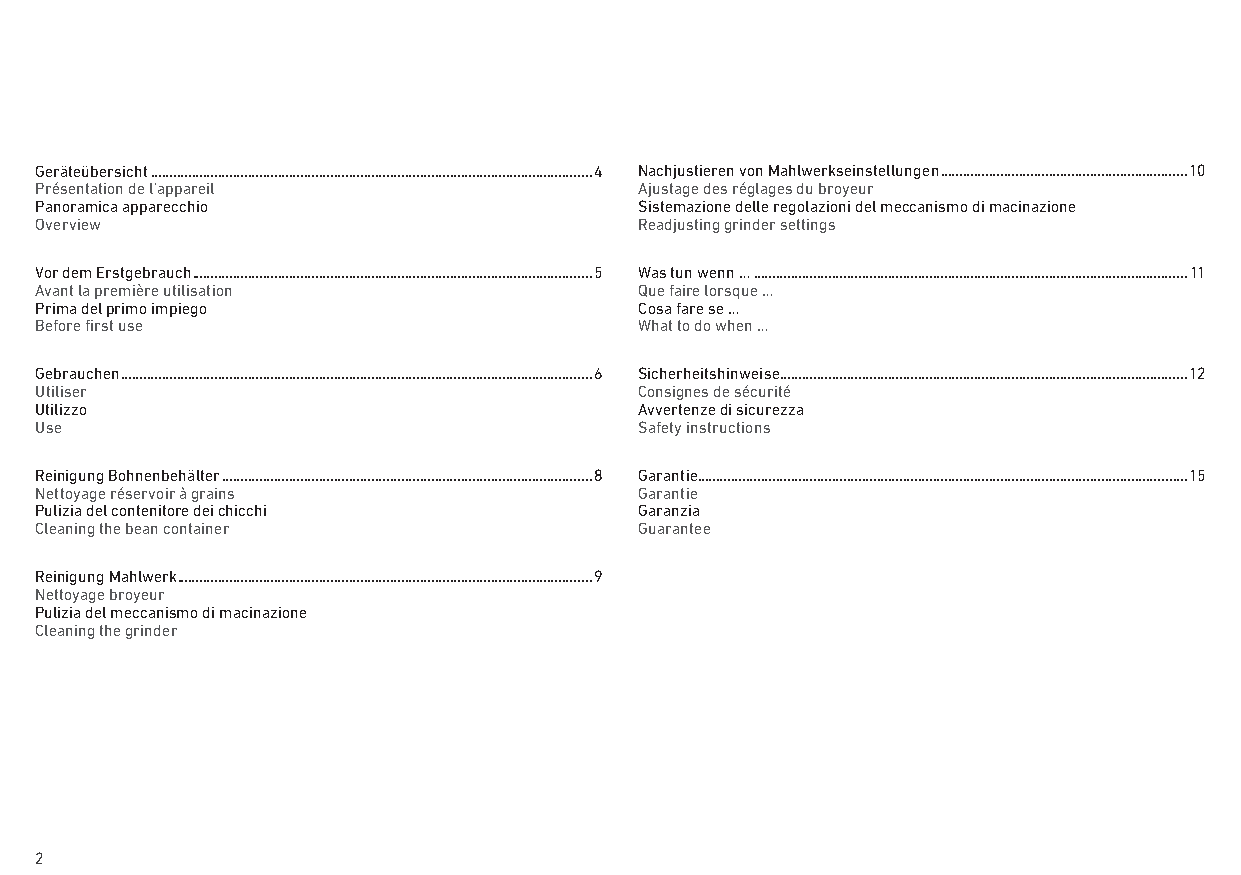
Geräteübersicht ����������������������������������������������������������������������������������������������������������������������4 Nachjustieren von Mahlwerkseinstellungen ������������������������������������������������������������������10
 Présentation de l’appareil              Ajustage des réglages du broyeur
 Panoramica apparecchio                  Sistemazione delle regolazioni del meccanismo di macinazione
 Overview                                Readjusting grinder settings
 Vor dem Erstgebrauch �����������������������������������������������������������������������������������������������������������5 Was tun wenn … ��������������������������������������������������������������������������������������������������������������������11
 Avant la première utilisation           Que faire lorsque …
 Prima del primo impiego                 Cosa fare se …
 Before first use                        What to do when …
 Gebrauchen ������������������������������������������������������������������������������������������������������������������������������6 Sicherheitshinweise �������������������������������������������������������������������������������������������������������������12
 Utiliser                                Consignes de sécurité
 Utilizzo                                Avvertenze di sicurezza
 Use                                     Safety instructions
 Reinigung Bohnenbehälter ���������������������������������������������������������������������������������������������������8 Garantie �����������������������������������������������������������������������������������������������������������������������������������15
 Nettoyage réservoir à grains            Garantie
 Pulizia del contenitore dei chicchi     Garanzia
 Cleaning the bean container             Guarantee
 Reinigung Mahlwerk ���������������������������������������������������������������������������������������������������������������9
 Nettoyage broyeur
 Pulizia del meccanismo di macinazione
 Cleaning the grinder
 2